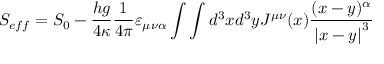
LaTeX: S _ { e f f } = S _ { 0 } - \frac { h g } { 4 \kappa } \frac 1 { 4 \pi } \varepsilon _ { \mu \nu \alpha } \int \int d ^ { 3 } x d ^ { 3 } y J ^ { \mu \nu } ( x ) \frac { ( x - y ) ^ { \alpha } } { \left| x - y \right| ^ { 3 } }